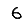
Digit: 6